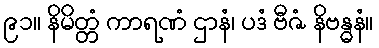
၉၁။ နိမိတ္တံ ကာရဏံ ဌာနံ၊ ပဒံ ဗီဇံ နိဗန္ဓနံ။